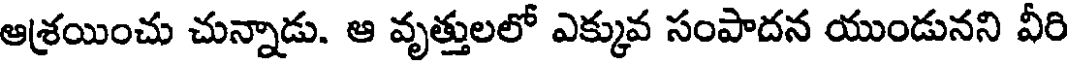
ఆశ్రయించు చున్నాడు. ఆ వృత్తులలో ఎక్కువ సంపాదన యుండునని వీరి